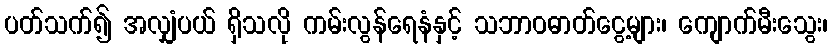
ပတ်သက်၍ အလျှံပယ် ရှိသလို ကမ်းလွန်ရေနံနှင့် သဘာဝဓာတ်ငွေ့များ၊ ကျောက်မီးသွေး၊